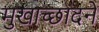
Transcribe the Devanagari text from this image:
मुखाच्छादने